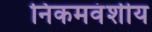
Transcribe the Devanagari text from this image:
निकमवंशीय